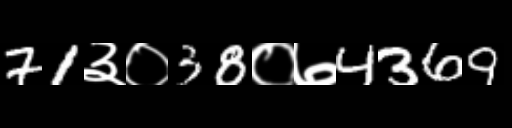
Text: 71३०38०७4369